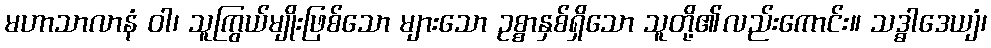
မဟာသာလာနံ ဝါ၊ သူကြွယ်မျိုးဖြစ်သော များသော ဥစ္စာနှစ်ရှိသော သူတို့၏လည်းကောင်း။ သဒ္ဓါဒေယျံ၊